Vaccine operations Central Provinces & Berar 1922-1929 - 1922-1929
Year: 1922
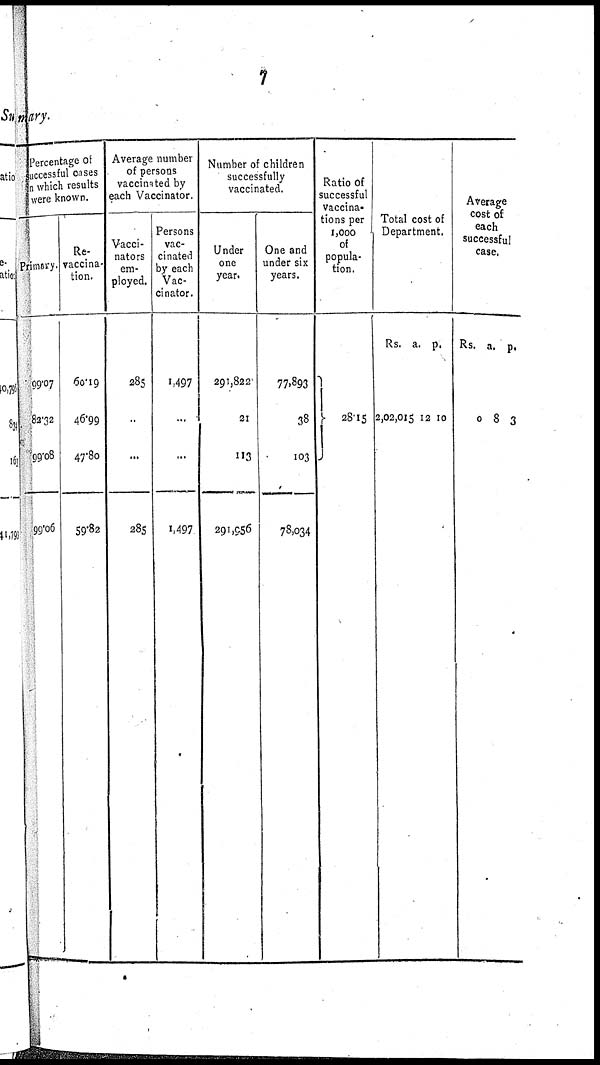
7
mary.
Percentage of
Successful cases
in which results
were known.
Primary.
99.07
82.32
99.08
99.06
Re-
vaccina-
tion.
60.19
46.99
47.80
59.82
Average number
of persons
vaccinated by
each Vaccinator.
Vacci-
nators
em-
ployed.
285
...
...
285
Persons
vac-
cinated
by each
Vac-
cinator.
1,497
...
...
1,497
Number of children
successfully
vaccinated.
Under
one
year.
291,822
21
113
291,956
One and
under six
years.
77,893
38
103
78,034
Ratio of
successful
vaccina-
tions per
1,000
of
popula-
tion.
28.15
Total cost of
Department.
Rs.
2,02,015
a.
12
p.
10
Average
cost of
each
successful
case.
Rs.
0
a.
8
p.
3